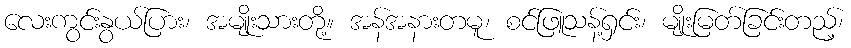
လေးကွင်းနွယ်ပြား၊ အမျိုးသားတို့။ အန်အနားတမူ၊ စင်ဖြူသန့်ရှင်း၊ မျိုးမြတ်ခြင်းတည့်၊